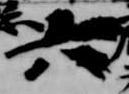
六